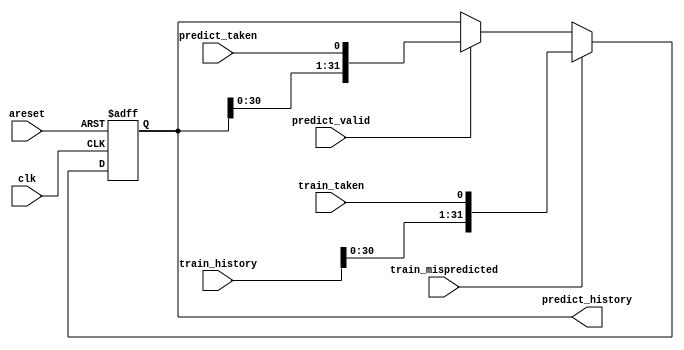
module top_module(
    input clk,
    input areset,

    input predict_valid,
    input predict_taken,
    output [31:0] predict_history,

    input train_mispredicted,
    input train_taken,
    input [31:0] train_history
);

    always @(posedge clk, posedge areset) begin
        if (areset) 
            predict_history <= 0;
        else if (train_mispredicted) 
            predict_history <= {train_history[30:0], train_taken};
        else if (predict_valid)
            predict_history <= {predict_history[30:0], predict_taken};
    end
endmodule